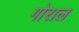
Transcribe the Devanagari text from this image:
गोराल